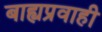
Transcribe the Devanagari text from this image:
बाह्यप्रवाही